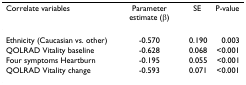
<table><thead><tr><td><b>Correlate variables</b></td><td><b>Parameter estimate (β)</b></td><td><b>SE</b></td><td><b>P-value</b></td></tr></thead><tbody><tr><td>Ethnicity (Caucasian vs. other)</td><td>-0.570</td><td>0.190</td><td>0.003</td></tr><tr><td>QOLRAD Vitality baseline</td><td>-0.628</td><td>0.068</td><td>&lt;0.001</td></tr><tr><td>Four symptoms Heartburn</td><td>-0.195</td><td>0.055</td><td>&lt;0.001</td></tr><tr><td>QOLRAD Vitality change</td><td>-0.593</td><td>0.071</td><td>&lt;0.001</td></tr></tbody></table>